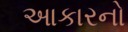
આકારનો